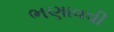
ભણાવવી